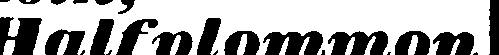
Halfplommon